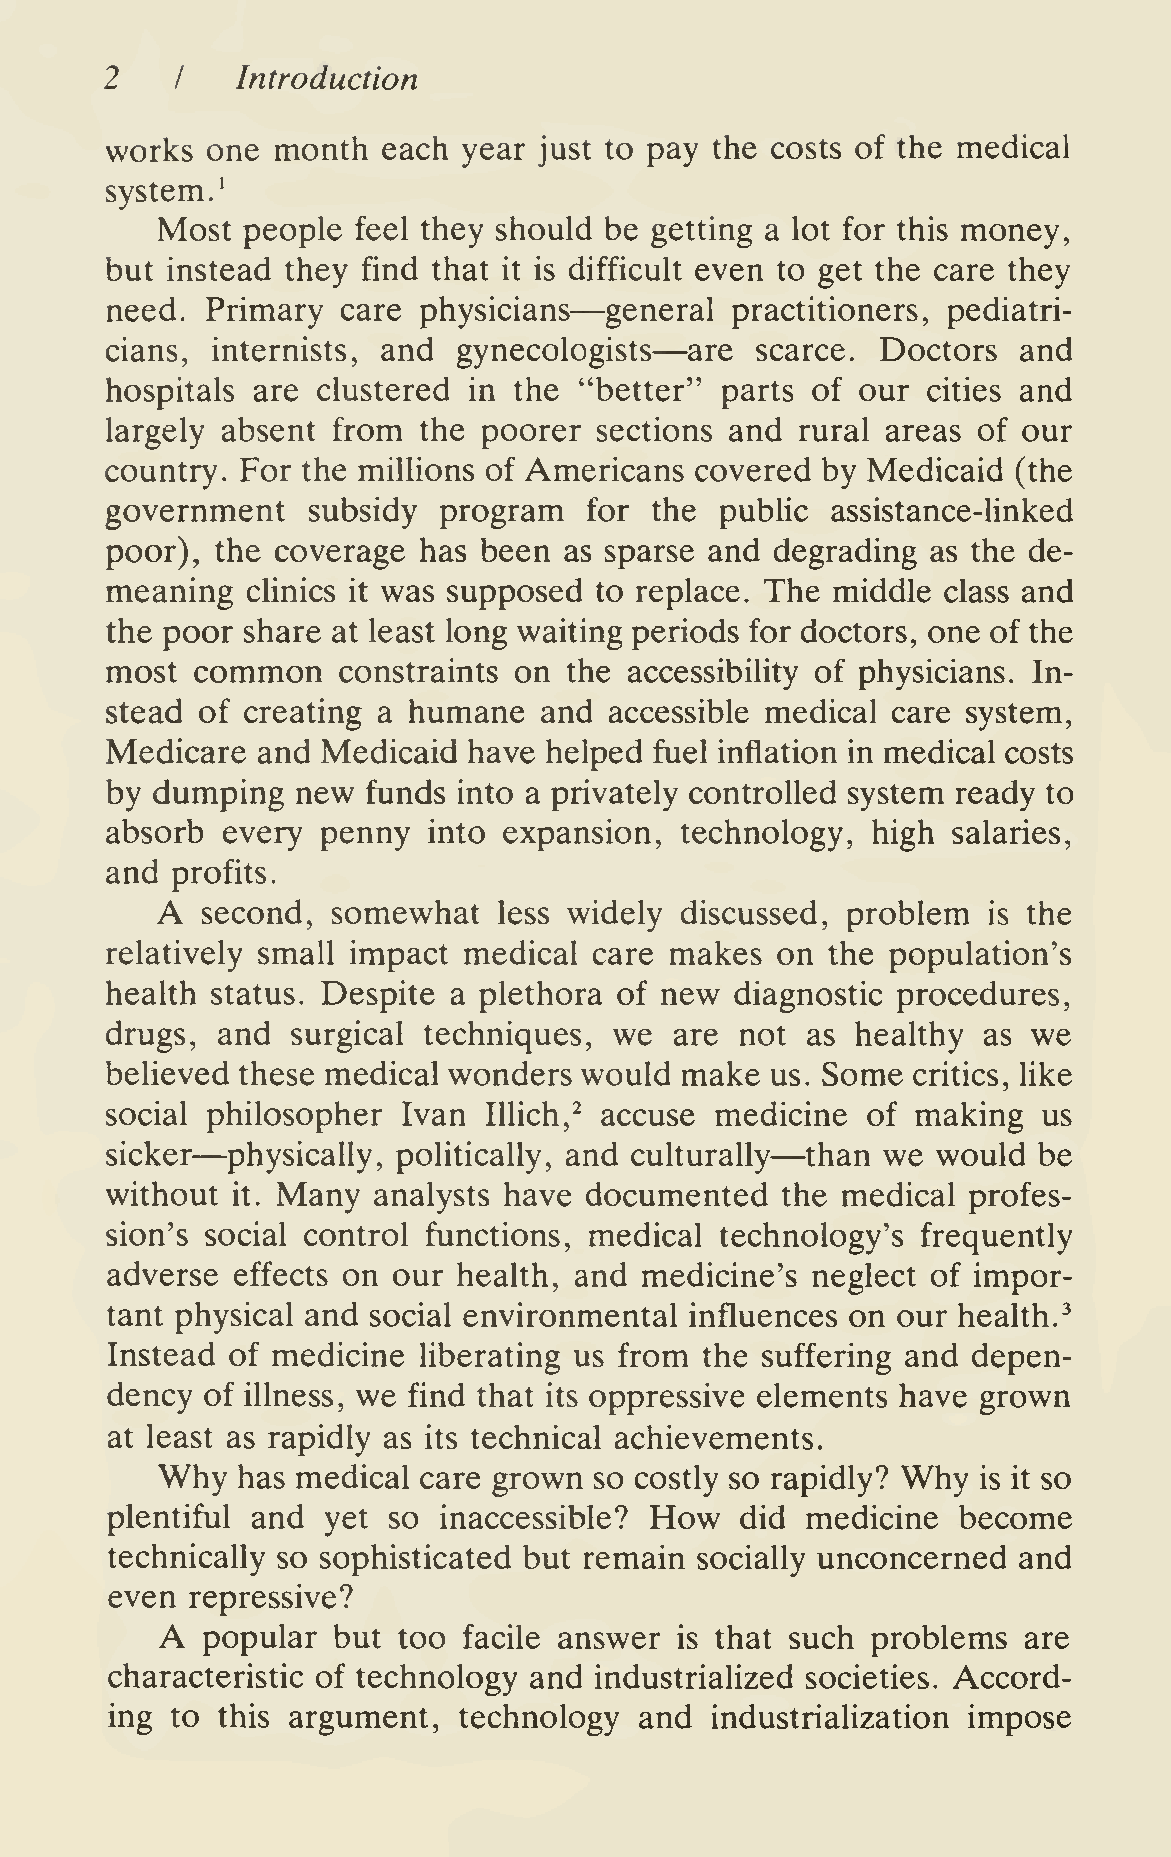
2        Introduction
 /
 works  one month  each  year just to pay the costs of the medical
 system.'
 Most  people  feel they should be getting a lot for this money,
 but instead they find that it is difficult even to get the care they
 —
 need.  Primary  care physicians  general practitioners, pediatri-
 —
 cians, internists, and gynecologists   are scarce. Doctors   and
 hospitals are clustered in the "better"  parts of our cities and
 largely absent from  the poorer  sections and rural areas of our
 country. For the millions of Americans covered by Medicaid  (the
 government   subsidy  program   for the  public assistance-linked
 poor), the coverage  has been as sparse and degrading  as the de-
 meaning  clinics it was supposed to replace. The middle class and
 the poor share at least long waiting periods for doctors, one of the
 most  common   constraints on  the accessibility of physicians. In-
 stead of creating a humane   and accessible medical care system,
 Medicare  and Medicaid  have helped fuel inflation in medical costs
 by dumping   new funds into a privately controlled system ready to
 absorb  every penny  into expansion,  technology,  high salaries,
 and profits.
 A
 second,  somewhat   less widely discussed, problem  is the
 relatively small impact medical care makes  on  the population's
 health status. Despite a plethora of new  diagnostic procedures,
 drugs, and  surgical techniques,  we  are not as  healthy as we
 beheved  these medical wonders would  make  us. Some critics, Uke
 social philosopher  Ivan Illich,^ accuse medicine of  making  us
 —
 —
 sicker  physically, politically, and culturally than we would be
 without    Many   analysts have documented   the medical profes-
 it.
 sion's social control functions, medical technology's frequently
 adverse effects on our health, and medicine's  neglect of impor-
 tant physical and social environmental influences on our health.^
 Instead of medicine  Hberating us from the suffering and depen-
 dency  of illness, we find that its oppressive elements have grown
 at least as rapidly as its technical achievements.
 Why   has medical care grown so costly so rapidly? Why is it so
 plentiful and yet  so inaccessible? How   did medicine  become
 technically so sophisticated but remain socially unconcerned and
 even  repressive?
 A
 popular  but too  facile answer is that such problems  are
 characteristic of technology and industrialized societies. Accord-
 ing to this argument,  technology  and  industrialization impose